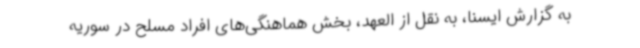
به گزارش ایسنا، به نقل از العهد، بخش هماهنگی‌های افراد مسلح در سوریه